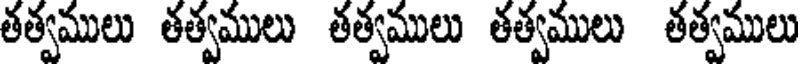
తత్వములు తత్వములు తత్వములు తత్వములు తత్వములు